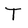
Character: T